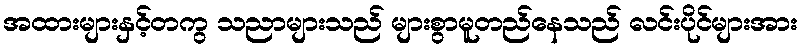
အထားများနှင့်တကွ သညာများသည် များစွာမူတည်နေသည် လင်းပိုင်များအား